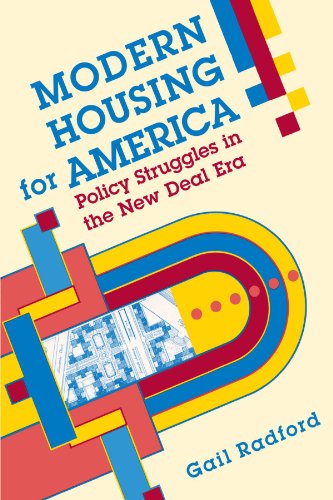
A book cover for Modern Housing for America: Policy Struggles in the New Deal Era (Historical Studies of Urban America); Gail Radford; Law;